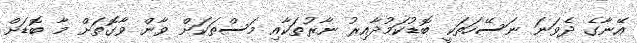
އޭނާގެ ދެވަނަ ނަސޭހަތަކީ ބޮޑުކަމުދާއިރު ނާރުތަކާއި މަސްތަކަށް ވާން ވާގޮތަށް މާ ބޮޑަށް